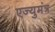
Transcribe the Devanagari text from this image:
एज्युमंत्र